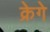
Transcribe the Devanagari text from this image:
क्रेगे